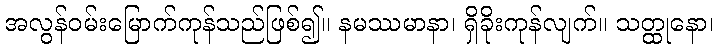
အလွန်ဝမ်းမြောက်ကုန်သည်ဖြစ်၍။ နမဿမာနာ၊ ရှိခိုးကုန်လျက်။ သတ္ထုနော၊